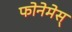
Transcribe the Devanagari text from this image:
फोनेमेस्